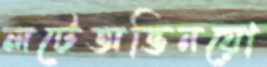
লটেঅভিনয়ো